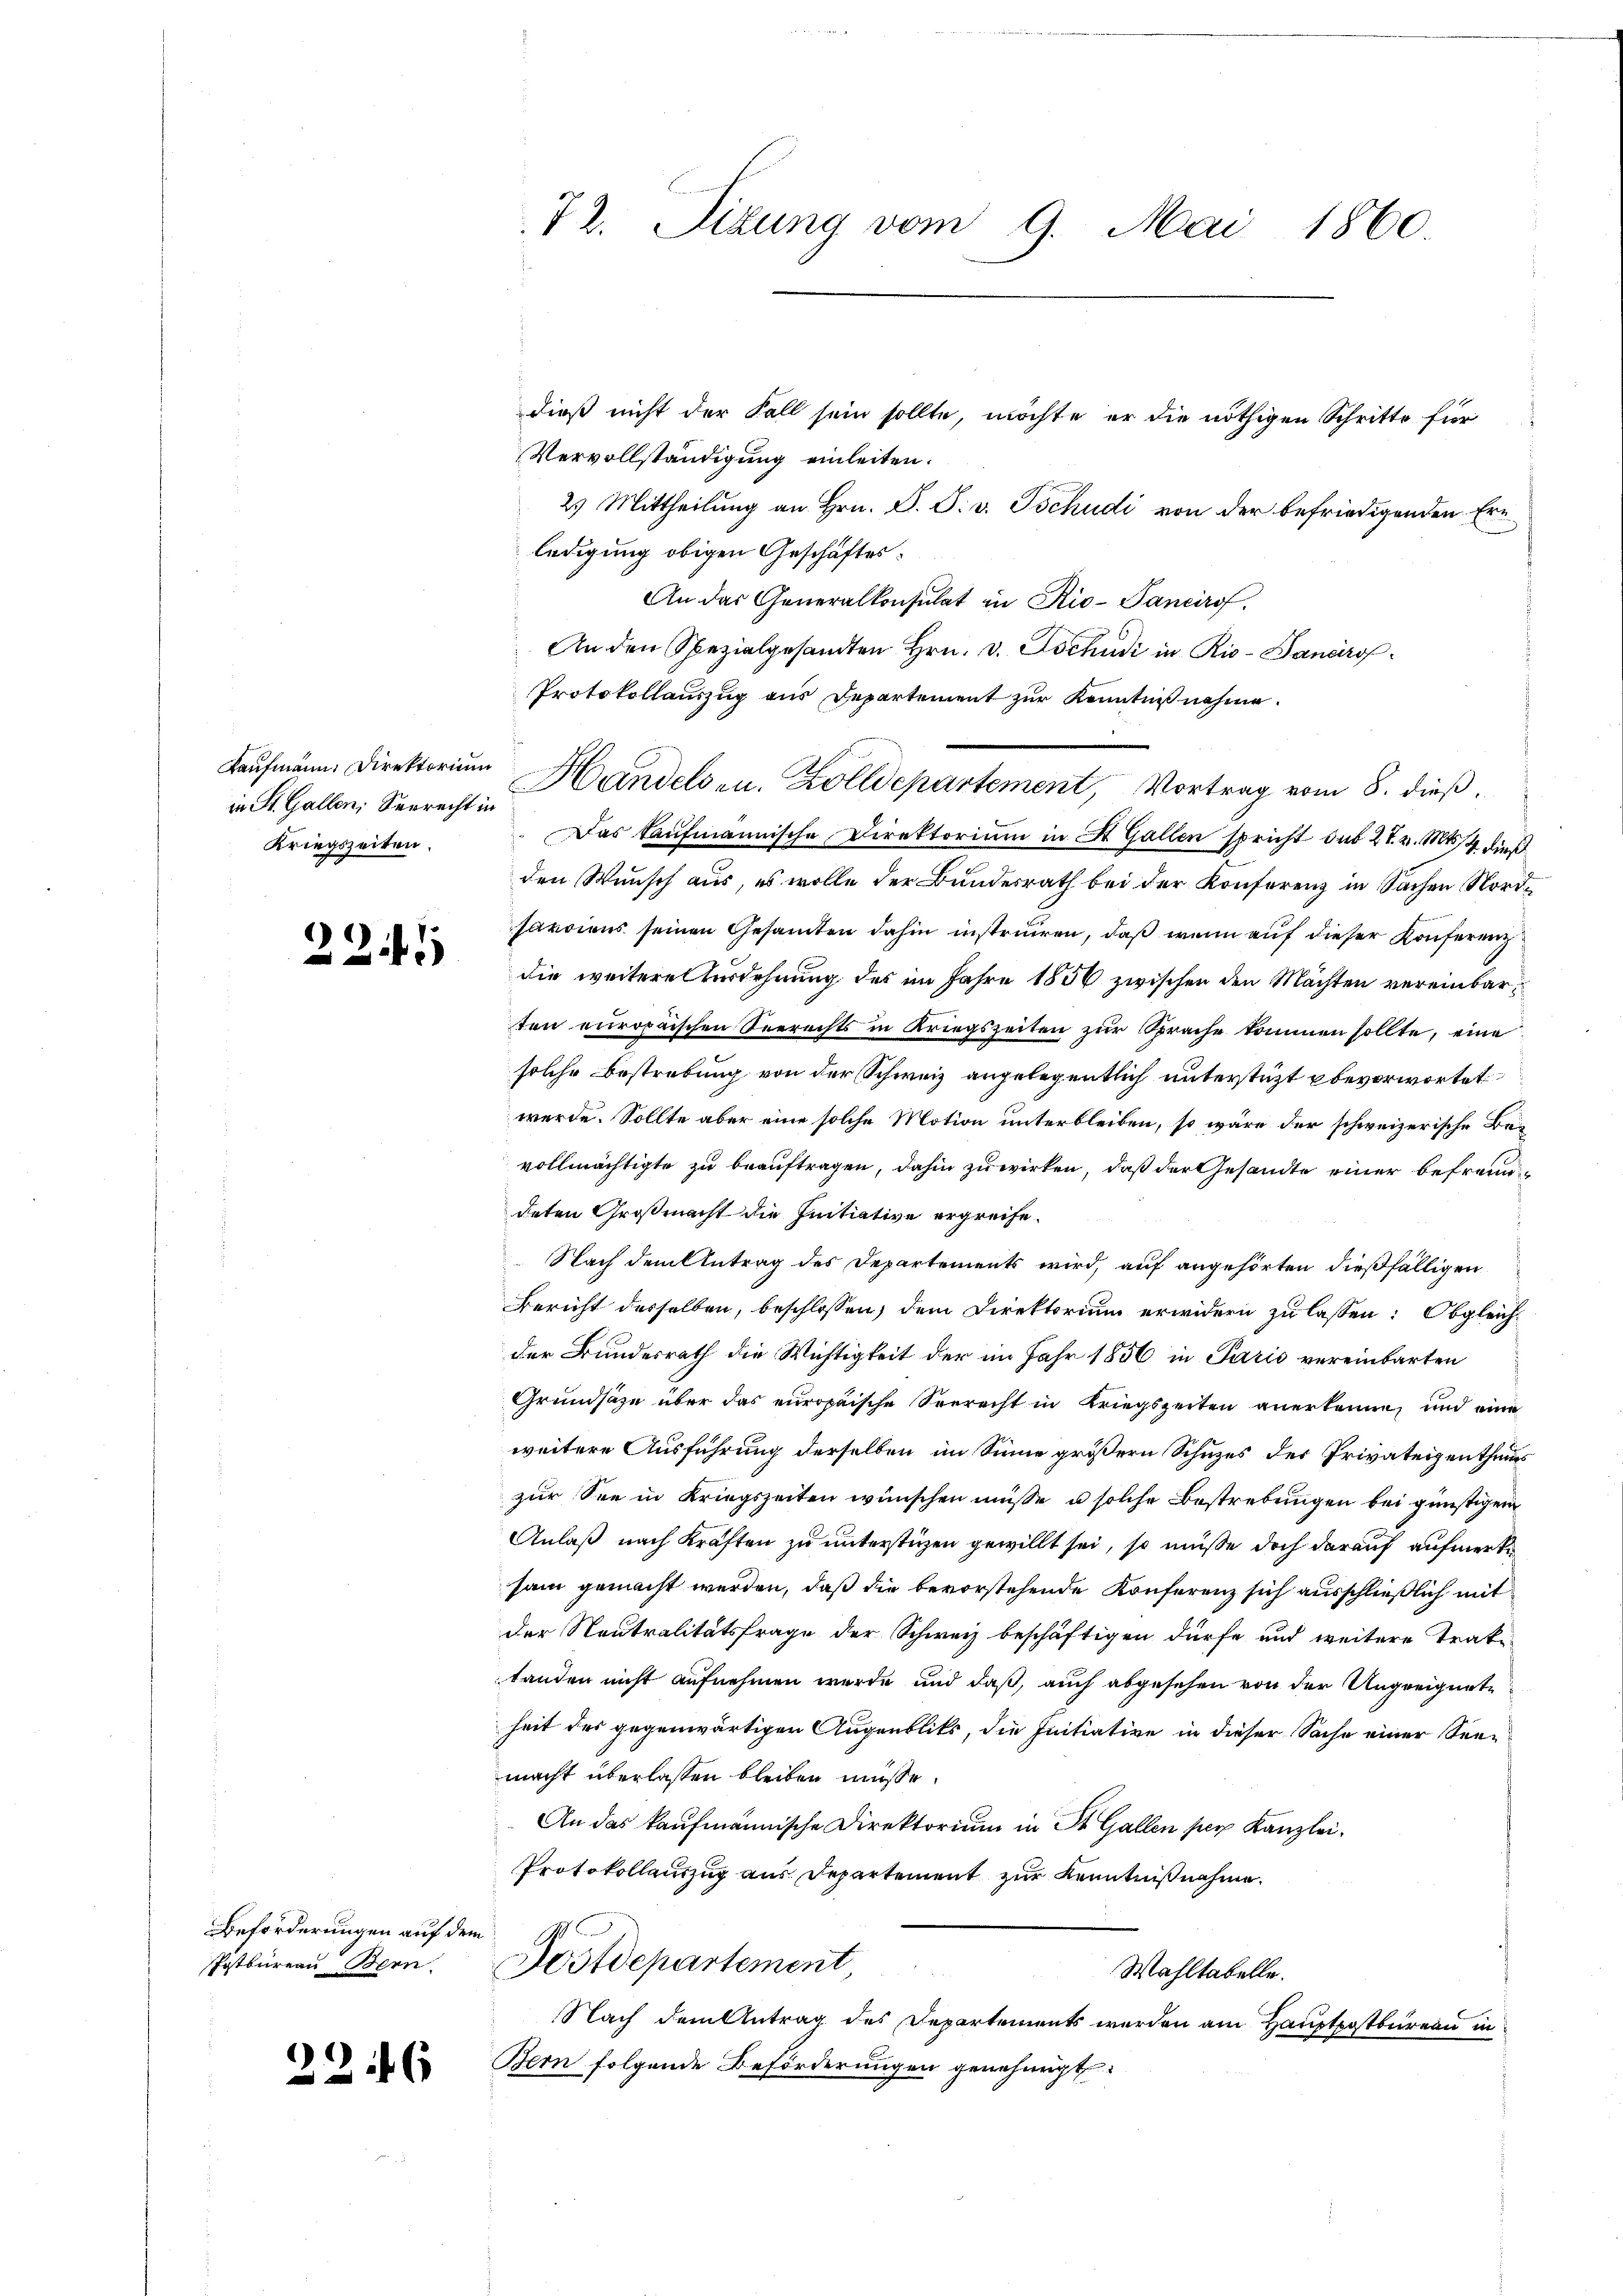
in St. Gallen, Verrecht in
Kriegszeiten.

221

Beförderungen auf dem
Postbureau Bern.

226

dieß nicht der Fall sein sollte, möchte er die nöthigen Schritte für
Vervollständigung einleiten.
2) Mittheilung an Hrn. S. S. v. Tschudi von der befriedigenden Ern
ledigung obigen Geschäftes:
An das Generalkonsulat in Rio-Pancirof.
An den Spezialgesandten Hrn. v. Tschudi in Rio- Bancirof¬
Protokollauszug aus Departement zur Kenntniß nahme.
Das kaufmännische Direktorium in St. Gallen spricht du 27. v. Mts. 4 dieß
den Wunsch aus, es wolle der Bundesrath bei der Konferenz in Sachen Norde
sarcions seinen Gesamten dahin instruiren, daß wenn auf dieser Konferenz
die weitere Ausdehnung des im Jahre 1856 zwischen den Mächten vereinbarten europaischen Seerechts in Kriegszeiten zur Sprache kommen sollte, eine
solche Bestrebung von der Schweiz angelegentlich unterstüzt bevorwortet
werde. Sollte aber eine solche Motion unterbleiben, so wäre der schweizerische Bevollmächtigte zu beauftragen, dahin zuwirken, daß der Gesandte einer befreun
deten Großmacht die Initiative ergreife.
Nach dem Antrag des Departements wird, auf angehörten dießfälligen
Bericht desselben, beschlossen, dem Direktorium erwidern zu lassen: Obgleichder Bundesrath die Wichtigkeit der im Jahr 1856 in Paris vereinbarten
Grundsätze über das europäische Seerecht in Kriegszeiten anerkenne, und eine
weitere Ausführung derselben im Sinne größern Schuzes der Privateigenthums
zur See in Kriegszeiten wünschen müsse u solche Bestrebungen bei günstigen
Anlaß nach Kräften zu unterstüzen gewillt sei, so müsse doch darauf aufmerksam gemacht werden, daß die bevorstehende Konferenz sich ausschließlich mit
der Neutralitätsfrage der Schweiz beschäftigen dürfe und weitere Traktanden nicht aufnehmen wurde und daß, auch abgesehen von der Ungreignete
heit des gegenwärtigen Augenblicks, die Initiative in dieser Sache einer Seemacht überlassen bleiben müsse.
An das kaufmännische Direktorium in St. Gallen per Kanzlei¬
Protokollauszug aus Departement zur Kenntnißnahme.
Postdepartement
Wahltabelle.
Nach dem Antrag des Departements werden am Hauptpostbureau in
Bern folgende Beförderungen genehmigt.

72. Sizung vom 9. Mai 1860.

Kaufmann. Direktorium Handels u. Zolldepartement, Vortrag vom 8. dieß